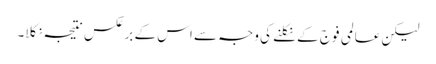
لیکن عالمی فوج کے نکلنے کی وجہ سے اس کے برعکس نتیجہ نکلا۔